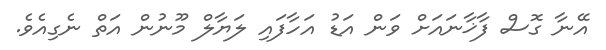
އޭނާ ގޮސް ފާޚާނައަށް ވަން އަޑު އަހާފައި ލަޔާލް މޫނުން އަތް ނެގިއެވެ.